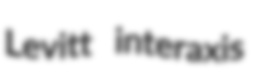
Levitt interaxis